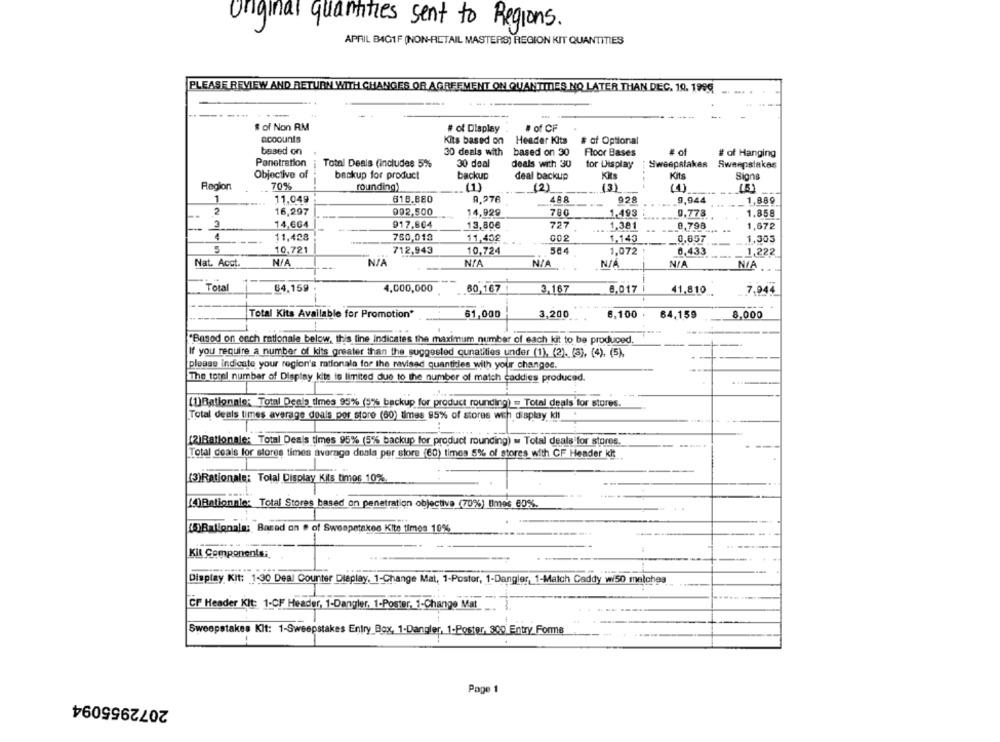
Original quantities sent to Regions.
APRIL BIGIF (NON-RETAIL MASTERS) REGION KIT QUANTITIES
PLEASE REVIEW AND RETURN WITH CHANGES OR AGREEMENT ON QUANTITIES NO LATER THAN DEC. 10. 1989
... .
# of Non RM
· of CF
# of Display
accounts
Kits based on Header Kits
# of Optional
based on
30 deals with
based on 30
Floor Bases
of
# of Hanging
Panetration
Total Deals (includes 5%
30 deal
deals with 30
for Display
Sweepstakes
Sweepstakes
Objective of
backup for product
backup
deal backup
Kits
Signs
Region
70%
rounding)
(1)
(2)
(3)
(4)
(5)
1
11,049
618.880
9,276
48.8
928
9,944
1.889
-.
2
16,297
992,500
14,929
780
1,493
0,778
1.858
917,864
2
14,6G4
13,80€
727
1,381
0,798
1,672
4
11,428
780,018
11,402
002
1,305
1,140
0.657
10,721
712,943
10,724
1.072
0,433
1,222
Nat. Acct.
Total
64.159
4,000,000
60,167
3,167
6,017 |
41,810
7,944
Total Kits Available for Promotion*
61,000
3,200
8,100 .
64.159
8,000
-
"Based on cech rationale below, this line indicates the maximum number of each kit to be produced.
If you require a number of kits greater than the suggested cunatities under (1), (2), (3), (4), (5),
please indicate your region's rationale for the revised quantirles with your changee.
The total number of Display kits is limited due to the number of match caddies produced.
(1)Rationale; Total Deela times 95% (5% backup for product rounding) = Total deals for stores.
Total deals times average deals por store (60) times 85% of stores with display kil
(2)Rationale: Total Deais times 95% (5% backup for product rounding) = Total deals for storos.
Total deals for stores times average deals per store (60) times 5% of stores with CF Hender kit
(3)Rationale; Total Display Kits timos 10%
()Rationnie: Total Stores based on penetration objective (70%) limes 60%.
TJBallgnala: Based on # of Sweepstakes Kite times 10%
Kit Components:
Display Kit: 1-30 Deal Counter Dieplay, 1-Change Mat, 1-Postor, 1-Dangler, 1-Match Caddy wi50 melches
CF Header Kit: 1-CF Header, 1-Dangler, 1-Poster, 1-Change Mat
Sweepstakes Kit: 1-Sweepstakes Entry Box, 1-Dangler, 1-Poster, 300 Entry Forms
Page 1
2072955094